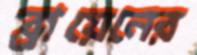
ব্রায়েনের